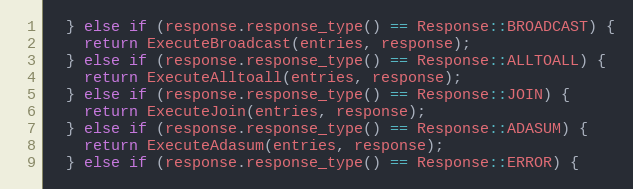
Language: C++
  } else if (response.response_type() == Response::BROADCAST) {
    return ExecuteBroadcast(entries, response);
  } else if (response.response_type() == Response::ALLTOALL) {
    return ExecuteAlltoall(entries, response);
  } else if (response.response_type() == Response::JOIN) {
    return ExecuteJoin(entries, response);
  } else if (response.response_type() == Response::ADASUM) {
    return ExecuteAdasum(entries, response);
  } else if (response.response_type() == Response::ERROR) {